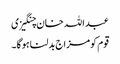
عبداللہ خان چنگیزی
قوم کومزاج بدلنا ہوگا۔